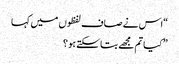
“اس نے صاف لفظوں میں کہا
” کیا تم مجھے بتا سکتے ہو ؟